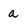
Character: a